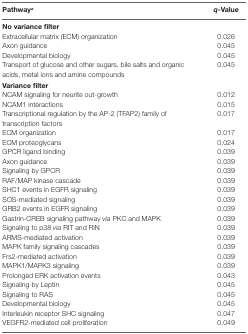
<table><thead><tr><td><b>Pathway<sup>a</sup></b></td><td><b><i>q</i>-Value</b></td></tr></thead><tbody><tr><td colspan="2"><b>No variance filter</b></td></tr><tr><td>Extracellular matrix (ECM) organization</td><td>0.026</td></tr><tr><td>Axon guidance</td><td>0.045</td></tr><tr><td>Developmental biology</td><td>0.045</td></tr><tr><td>Transport of glucose and other sugars, bile salts and organic acids, metal ions and amine compounds</td><td>0.045</td></tr><tr><td colspan="2"><b>Variance filter</b></td></tr><tr><td>NCAM signaling for neurite out-growth</td><td>0.012</td></tr><tr><td>NCAM1 interactions</td><td>0.015</td></tr><tr><td>Transcriptional regulation by the AP-2 (TFAP2) family of transcription factors</td><td>0.017</td></tr><tr><td>ECM organization</td><td>0.017</td></tr><tr><td>ECM proteoglycans</td><td>0.024</td></tr><tr><td>GPCR ligand binding</td><td>0.039</td></tr><tr><td>Axon guidance</td><td>0.039</td></tr><tr><td>Signaling by GPCR</td><td>0.039</td></tr><tr><td>RAF/MAP kinase cascade</td><td>0.039</td></tr><tr><td>SHC1 events in EGFR signaling</td><td>0.039</td></tr><tr><td>SOS-mediated signaling</td><td>0.039</td></tr><tr><td>GRB2 events in EGFR signaling</td><td>0.039</td></tr><tr><td>Gastrin-CREB signaling pathway <i>via</i> PKC and MAPK</td><td>0.039</td></tr><tr><td>Signaling to p38 <i>via</i> RIT and RIN</td><td>0.039</td></tr><tr><td>ARMS-mediated activation</td><td>0.039</td></tr><tr><td>MAPK family signaling cascades</td><td>0.039</td></tr><tr><td>Frs2-mediated activation</td><td>0.039</td></tr><tr><td>MAPK1/MAPK3 signaling</td><td>0.039</td></tr><tr><td>Prolonged ERK activation events</td><td>0.043</td></tr><tr><td>Signaling by Leptin</td><td>0.045</td></tr><tr><td>Signaling to RAS</td><td>0.045</td></tr><tr><td>Developmental biology</td><td>0.045</td></tr><tr><td>Interleukin receptor SHC signaling</td><td>0.047</td></tr><tr><td>VEGFR2-mediated cell proliferation</td><td>0.049</td></tr></tbody></table>